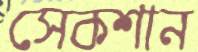
সেকশান